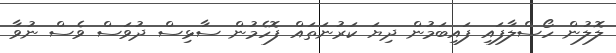
ލޮލުން ހޯސްލާފައި ފައިބަމުން ދިޔަ ކަރުނަތައް ފޮހެމުން ސާޅިސް ދުވަސް ވެސް ނުވާ